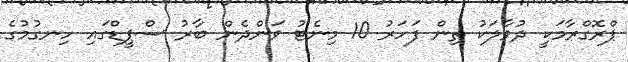
ޕްރޮގްރާމަކީ ދުވާލަކު ތިން ފަހަރު 10 މިނެޓު ވަންދެން ބާރު ސްޕީޑްގައި ހިނގުމުގެ